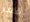
قعر